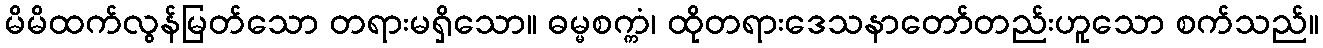
မိမိထက်လွန်မြတ်သော တရားမရှိသော။ ဓမ္မစက္ကံ၊ ထိုတရားဒေသနာတော်တည်းဟူသော စက်သည်။